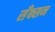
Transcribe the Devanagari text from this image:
सँक्सन